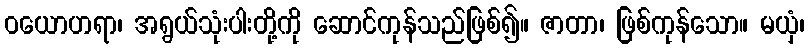
ဝယောဟရာ၊ အရွယ်သုံးပါးတို့ကို ဆောင်ကုန်သည်ဖြစ်၍။ ဇာတာ၊ ဖြစ်ကုန်သော။ မယှံ၊